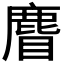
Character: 𪊣